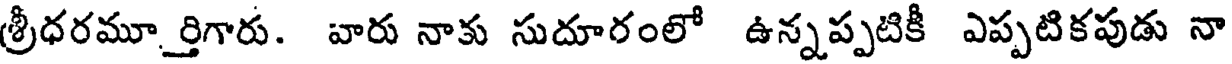
శ్రీధరమూర్తిగారు. వారు నాకు సుదూరంలో ఉన్నప్పటికీ ఎప్పటికపుడు నా